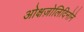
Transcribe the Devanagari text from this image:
ओक्षज़ोलिदिनोने